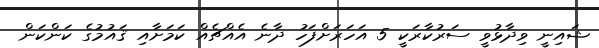
ޝައިނީ ވިދާޅުވީ ސަރުކާރަކީ 5 އަހަރަށްފަހު ދާނެ އެއްޗެއް ކަމަށާއި ޤައުމުގެ ކަންކަން